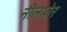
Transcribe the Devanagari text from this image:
नीलपोर